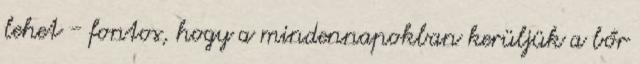
lehet - fontos, hogy a mindennapokban kerüljük a bőr